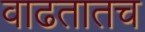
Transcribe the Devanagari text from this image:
वाढतातच